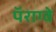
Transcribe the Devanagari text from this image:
पॅराग्वे